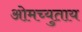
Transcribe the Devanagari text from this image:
ओमच्युताय